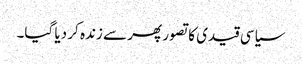
سیاسی قیدی کا تصور پھر سے زندہ کر دیا گیا۔